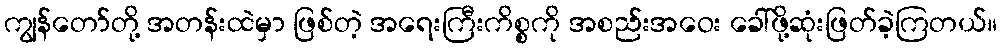
ကျွန်တော်တို့ အတန်းထဲမှာ ဖြစ်တဲ့ အရေးကြီးကိစ္စကို အစည်းအဝေး ခေါ်ဖို့ဆုံးဖြတ်ခဲ့ကြတယ်။